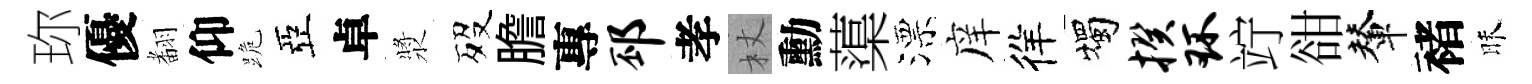
珎優𮋒仰跪亞卓漿歿膽專邳孝杖勳蕖漂庠徉燭揆环竚𧮳輦褚昧